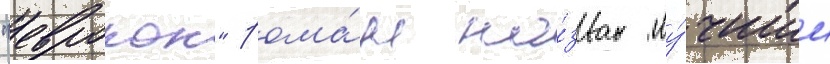
"еврокон" рома́н на́зван "лу́чшим